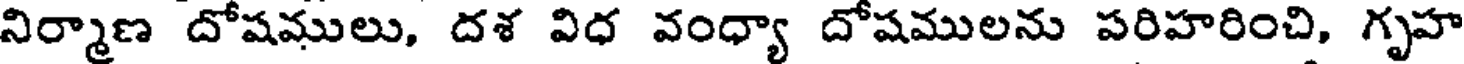
నిర్మాణ దోషములు, దశ విధ వంధ్యా దోషములను పరిహరించి, గృహ